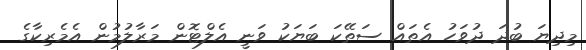
މިދިޔަ ބުދަ ދުވަހު އެތައް ސަތޭކަ ބަޔަކު ވަނީ އެލްޓޮން މަރާލުމުން އެމެރިކާގެ